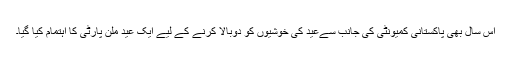
اِس سال بھی پاکستانی کمیونٹی کی جانب سےعید کی خوشیوں کو دوبالا کرنے کے لیے ایک عید ملن پارٹی کا اہتمام کیا گیا۔